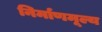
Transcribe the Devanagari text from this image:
निर्माणमूल्य